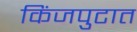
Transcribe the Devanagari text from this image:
किंजपुटात